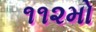
૧૧૨મો